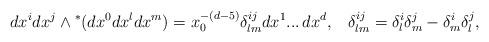
LaTeX: \begin{align*}dx^i dx^j \wedge {}^*(dx^0 dx^l dx^m) = x_0^{-(d-5)}\delta^{ij}_{lm}dx^1 ... \,dx^d,\;\;\;\delta^{ij}_{lm} = \delta^i_l \delta^j_m - \delta^i_m \delta^j_l,\end{align*}